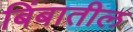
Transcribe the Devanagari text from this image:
बिंबातील